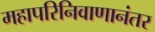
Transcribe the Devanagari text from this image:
महापरिनिवाणानंतर